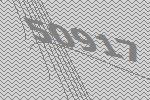
50917